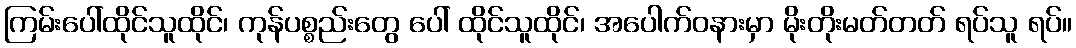
ကြမ်းပေါ်ထိုင်သူထိုင်၊ ကုန်ပစ္စည်းတွေ ပေါ် ထိုင်သူထိုင်၊ အပေါက်ဝနားမှာ မိုးတိုးမတ်တတ် ရပ်သူ ရပ်။